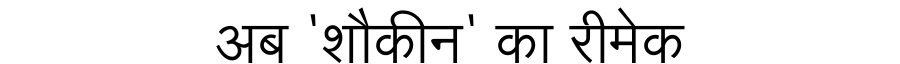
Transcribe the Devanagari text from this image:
अब 'शौकीन' का रीमेक